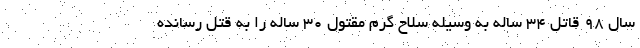
سال ۹۸ قاتل ۳۴ ساله به وسیله سلاح گرم مقتول ۳۰ ساله را به قتل رسانده